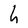
Character: h